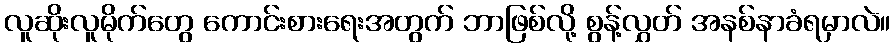
လူဆိုးလူမိုက်တွေ ကောင်းစားရေးအတွက် ဘာဖြစ်လို့ စွန့်လွှတ် အနစ်နာခံရမှာလဲ။